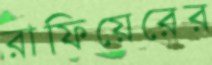
রাফিয়েরের